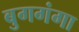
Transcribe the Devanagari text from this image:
बुगगंगा